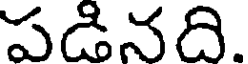
పడినది.